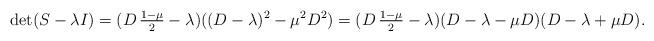
LaTeX: \begin{align*}\det(S - \lambda I) = (D \, \tfrac{1 - \mu}{2} - \lambda) ((D - \lambda)^{2} - \mu^{2} D^{2})= (D \, \tfrac{1 - \mu}{2} - \lambda) (D - \lambda - \mu D) (D - \lambda + \mu D). \end{align*}